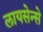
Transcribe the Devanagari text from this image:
लायसेन्से